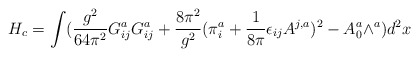
\begin{align*}H_{c} = \int(\frac{g^{2}}{64\pi^{2}} G^{a}_{ij}G^{a}_{ij} +\frac{8\pi^{2}}{g^{2}}(\pi^{a}_{i} + \frac{1}{8\pi}\epsilon_{ij}A^{j,a})^{2} - A^{a}_{0}\wedge^{a})d^{2}x \end{align*}